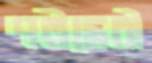
পট্টদেবী